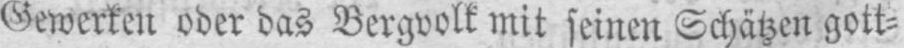
Gewerken oder das Bergvolk mit seinen Schätzen gott⸗